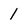
Character: 1